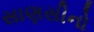
સાણસીનો